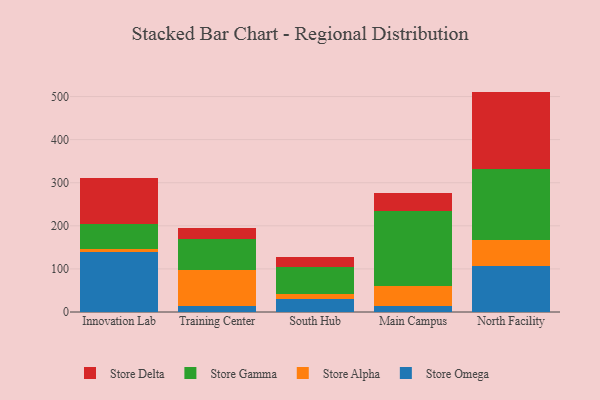
{"axis": {"x": "Campus", "y": "Customer Acquisition Cost (USD)"}, "legend": ["Store Alpha", "Store Delta", "Store Gamma", "Store Omega"], "data": [{"x": "Innovation Lab", "y": 138.2, "type": "Store Omega"}, {"x": "Innovation Lab", "y": 8.1, "type": "Store Alpha"}, {"x": "Innovation Lab", "y": 58.3, "type": "Store Gamma"}, {"x": "Innovation Lab", "y": 106.8, "type": "Store Delta"}, {"x": "Training Center", "y": 14.8, "type": "Store Omega"}, {"x": "Training Center", "y": 82.2, "type": "Store Alpha"}, {"x": "Training Center", "y": 72.8, "type": "Store Gamma"}, {"x": "Training Center", "y": 26.1, "type": "Store Delta"}, {"x": "South Hub", "y": 30.0, "type": "Store Omega"}, {"x": "South Hub", "y": 12.8, "type": "Store Alpha"}, {"x": "South Hub", "y": 62.2, "type": "Store Gamma"}, {"x": "South Hub", "y": 23.4, "type": "Store Delta"}, {"x": "Main Campus", "y": 13.9, "type": "Store Omega"}, {"x": "Main Campus", "y": 45.5, "type": "Store Alpha"}, {"x": "Main Campus", "y": 174.8, "type": "Store Gamma"}, {"x": "Main Campus", "y": 42.3, "type": "Store Delta"}, {"x": "North Facility", "y": 107.8, "type": "Store Omega"}, {"x": "North Facility", "y": 58.9, "type": "Store Alpha"}, {"x": "North Facility", "y": 164.9, "type": "Store Gamma"}, {"x": "North Facility", "y": 179.9, "type": "Store Delta"}]}